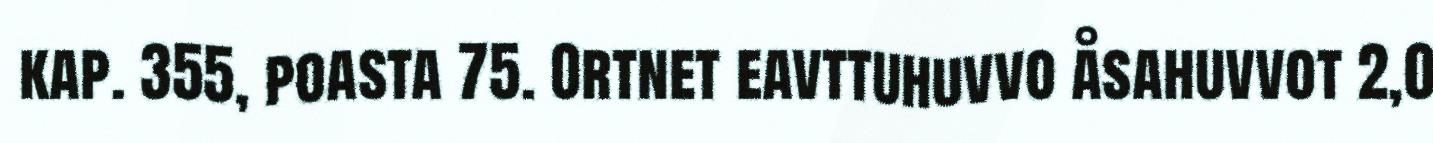
kap. 355, poasta 75. Ortnet eavttuhuvvo åsahuvvot 2,0